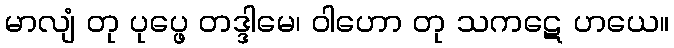
မာလျံ တု ပုပ္ဖေ တဒ္ဒါမေ၊ ဝါဟော တု သကဋေ ဟယေ။